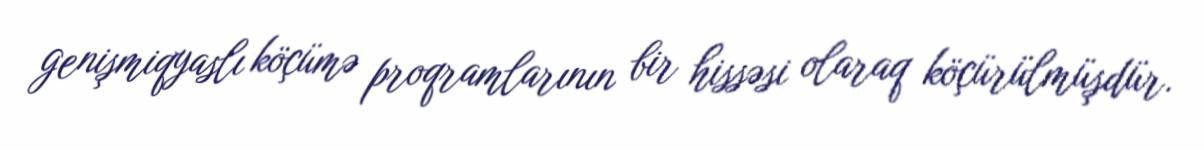
genişmiqyaslı köçümə proqramlarının bir hissəsi olaraq köçürülmüşdür.